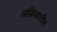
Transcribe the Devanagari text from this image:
आफ्रिकातील